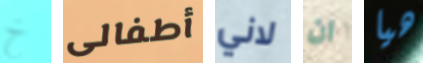
خ أطفالى لاني ان هيا